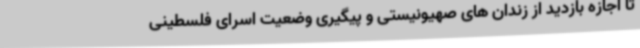
تا اجازه بازدید از زندان های صهیونیستی و پیگیری وضعیت اسرای فلسطینی